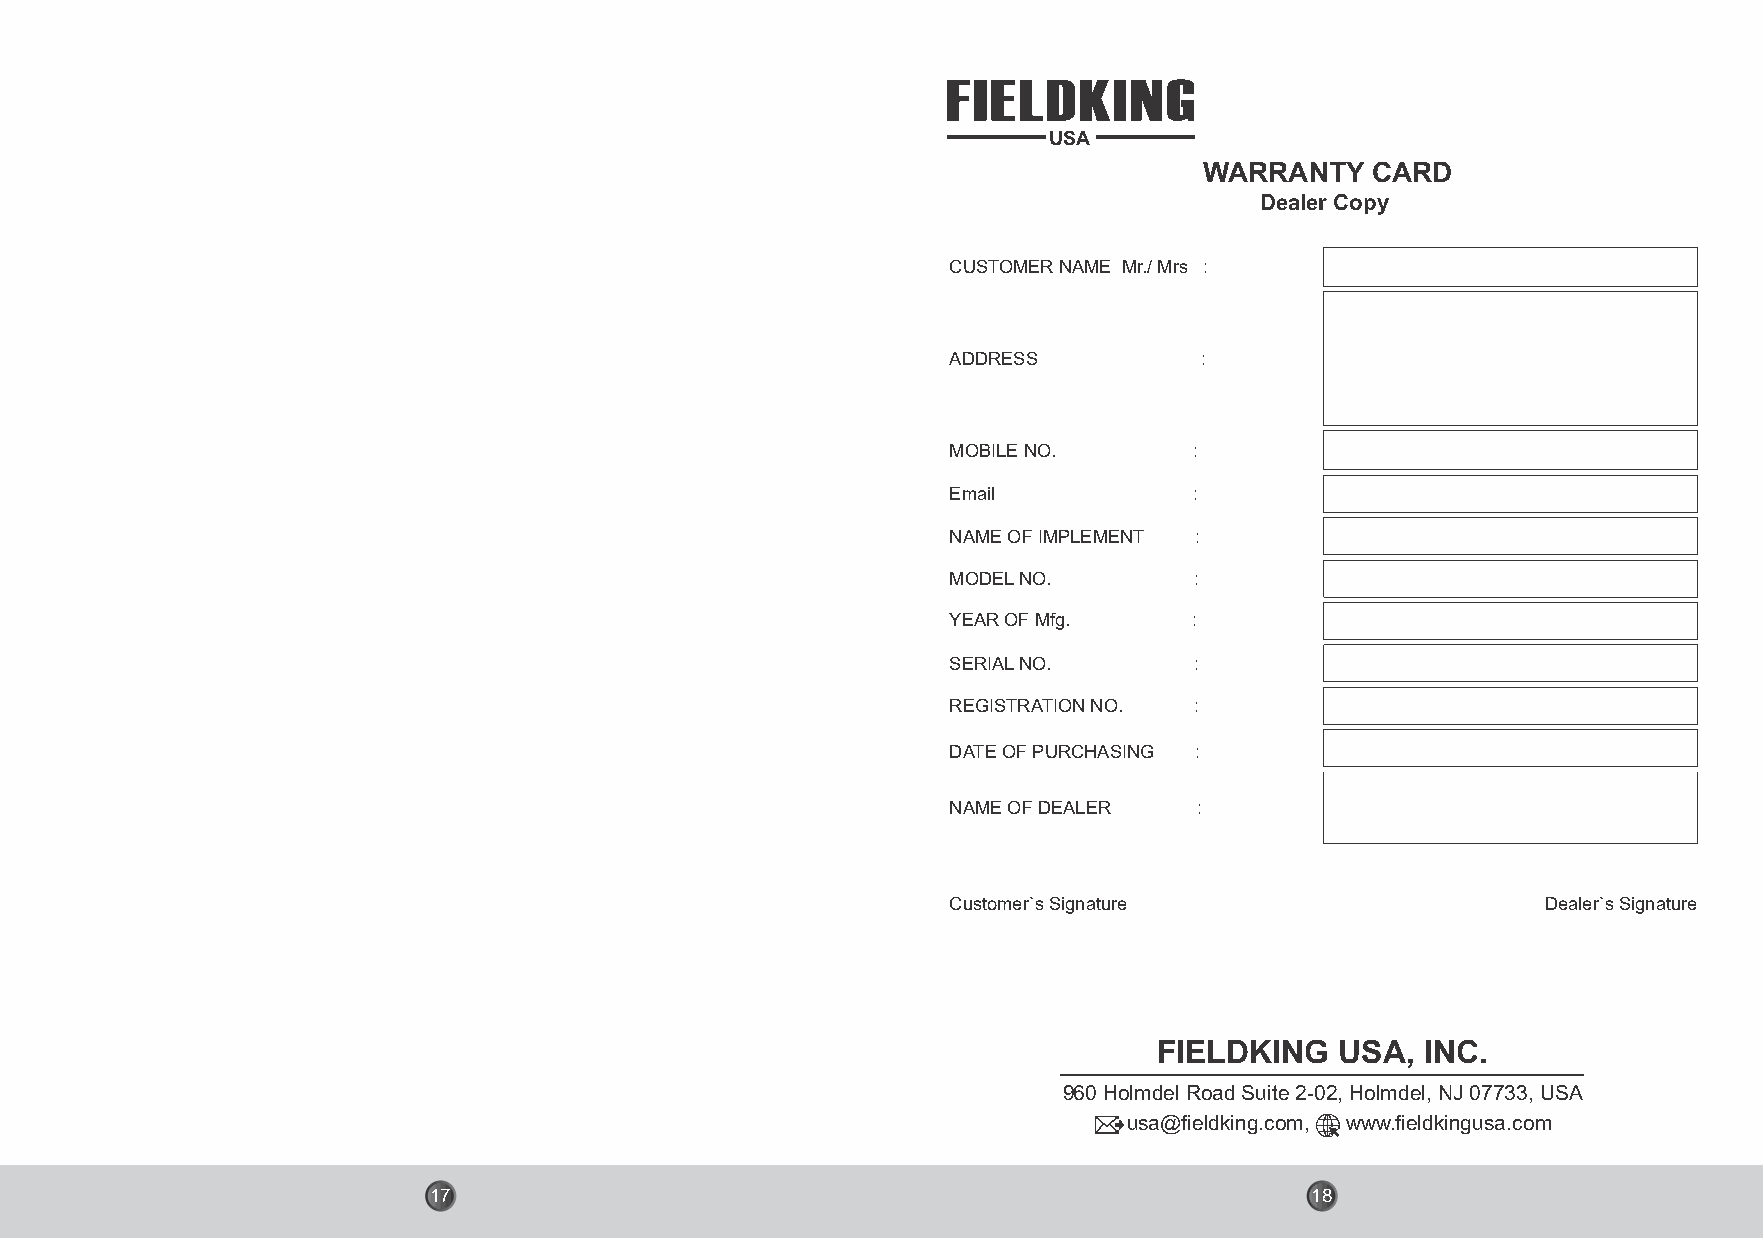
USA
 WARRANTY   CARD
 Dealer Copy
 CUSTOMER NAME Mr./ Mrs :
 ADDRESS         :
 MOBILE NO.      :
 Email           :
 NAME OF IMPLEMENT :
 MODEL NO.       :
 YEAR OF Mfg.    :
 SERIAL NO.      :
 REGISTRATION NO. :
 DATE OF PURCHASING :
 NAME OF DEALER  :
 Customer`s Signature                   Dealer`s Signature
 FIELDKING   USA, INC.
 960 Holmdel Road Suite 2-02, Holmdel, NJ 07733, USA
 usa@fieldking.com, www.fieldkingusa.com
 17                                                         18